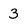
Character: 3